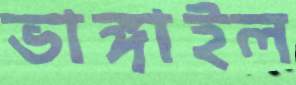
ভাঙ্গাইল